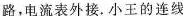
路，电流表外接。小王的连线